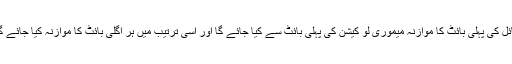
فائل کی پہلی بائٹ کا موازنہ میموری لو کیشن کی پہلی بائٹ سے کیا جائے گا اور اسی ترتیب میں ہر اگلی بائٹ کا موازنہ کیا جائے گا۔